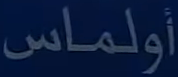
أولماس